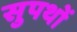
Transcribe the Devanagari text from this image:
सुपथों